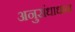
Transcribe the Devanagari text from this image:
अनुसंधाधान